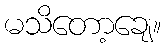
မသိတော့ချေ။